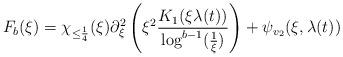
LaTeX: \begin{align*}F_{b}(\xi) = \chi_{\leq \frac{1}{4}}(\xi) \partial_{\xi}^{2}\left(\xi^{2}\frac{K_{1}(\xi \lambda(t))}{\log^{b-1}(\frac{1}{\xi})}\right)+\psi_{v_{2}}(\xi,\lambda(t))\end{align*}